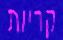
קריות